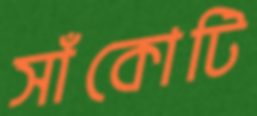
সাঁকোটি